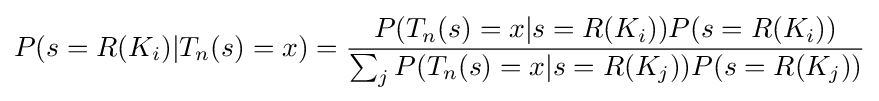
P(s=R(K_{i})|T_{n}(s)=x)={\frac {P(T_{n}(s)=x|s=R(K_{i}))P(s=R(K_{i}))}{\sum _{j}P(T_{n}(s)=x|s=R(K_{j}))P(s=R(K_{j}))}}